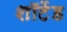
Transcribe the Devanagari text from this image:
शॉर्टेड